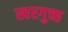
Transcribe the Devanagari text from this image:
स्वरगुच्छ